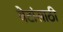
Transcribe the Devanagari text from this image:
बेटांसाठी